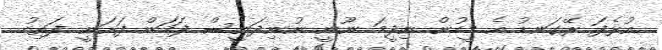
އުޅެފަ ރޭގަނޑު އެ މީހުން ނިދީމަ ނޫނީ ނުނިދަނީސް ފަހަން ފަށަނީ. ފަތިހު